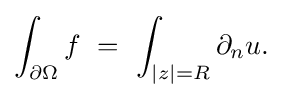
\displaystyle {\int _{\partial \Omega }f\,\,=\,\,\int _{|z|=R}\partial _{n}u.}